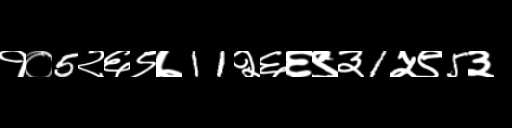
Text: १०5२६९७11२६६९३1५९5३